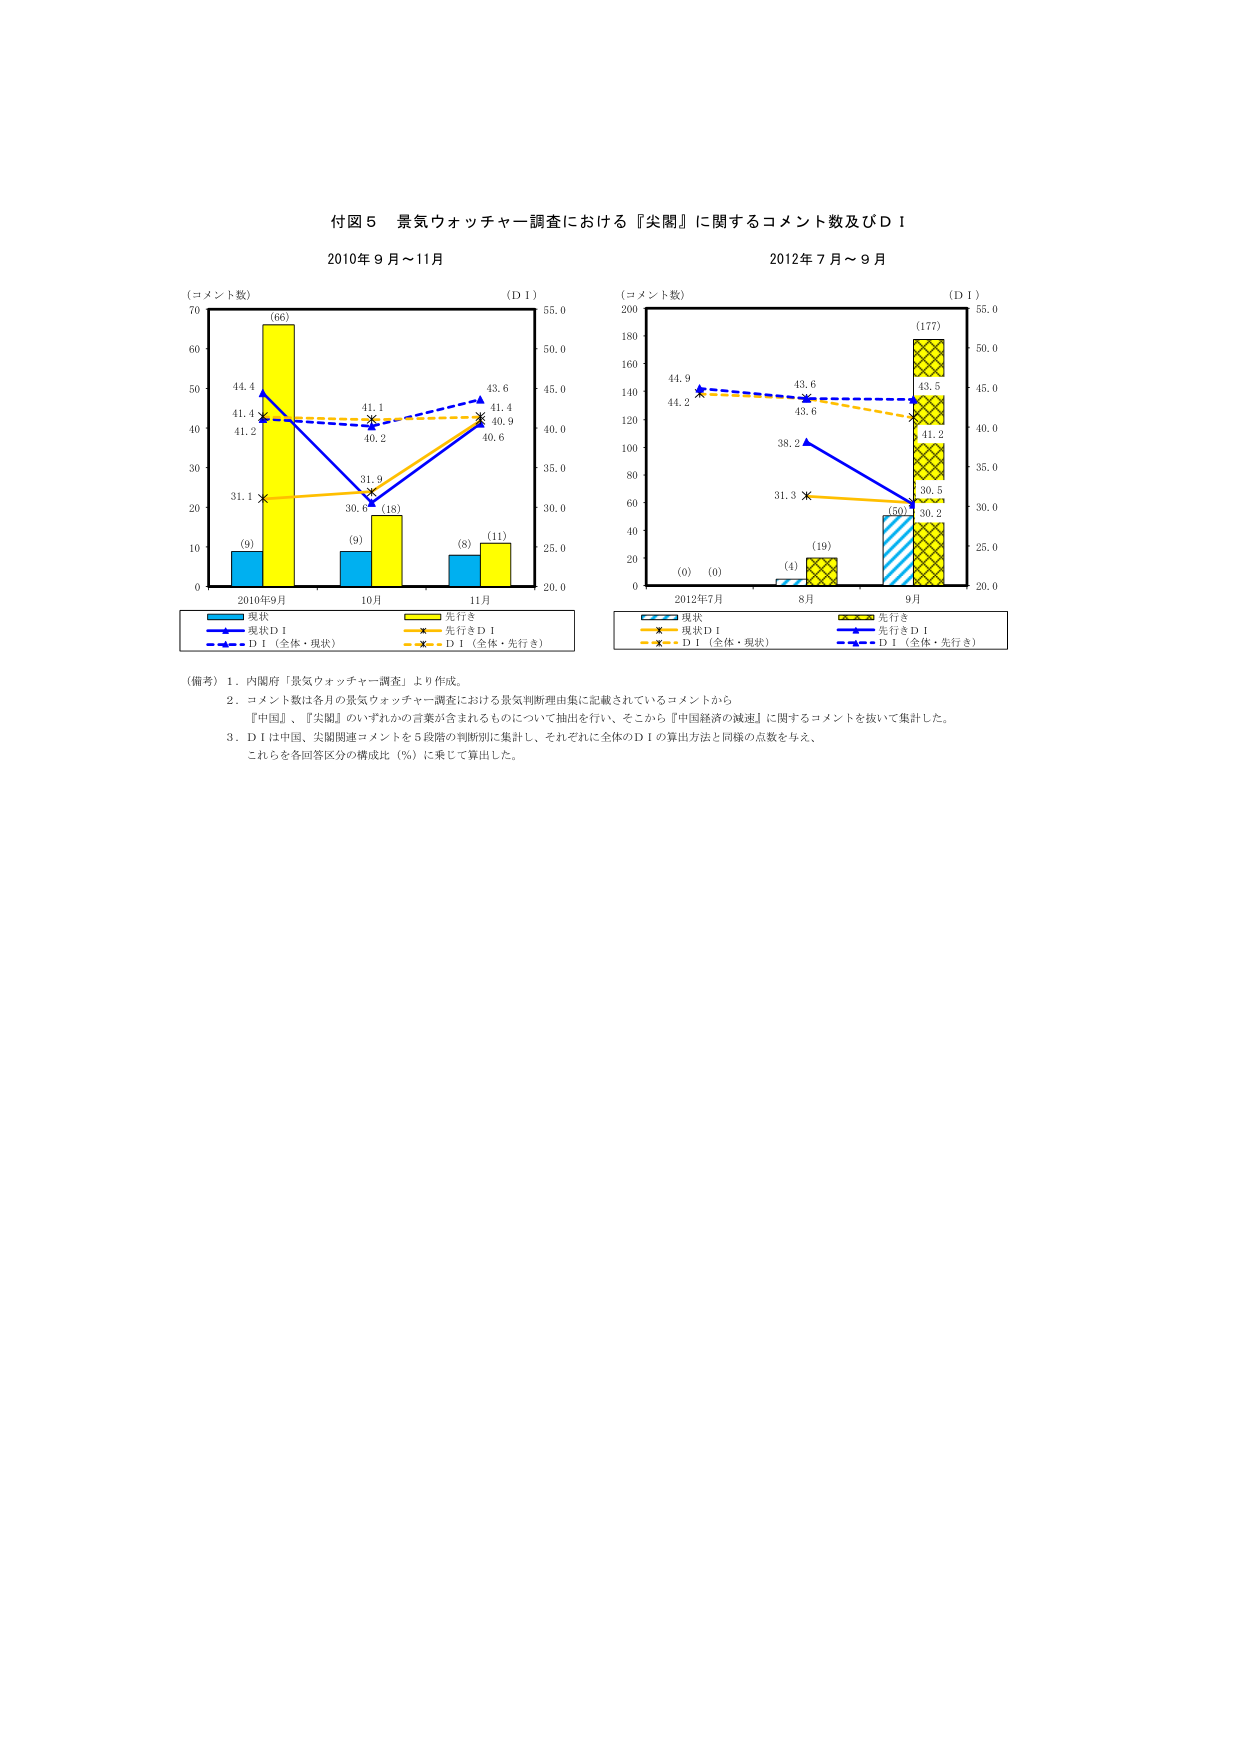
付図５ 景気ウォッチャー調査における『尖閣』に関するコメント数及びＤＩ

2010年９月～11月

（コメント数）　　　　　　　　　　　　　　　（ＤＩ）

70　　　　　　　　　　　　　　　　　　　　　　55.0
60　　　　　　　　　　　　　　　　　　　　　　50.0
50　　　　　　　　　　　　　　　　　　　　　　45.0
40　　　　　　　　　　　　　　　　　　　　　　40.0
30　　　　　　　　　　　　　　　　　　　　　　35.0
20　　　　　　　　　　　　　　　　　　　　　　30.0
10　　　　　　　　　　　　　　　　　　　　　　25.0
0　　　　　　　　　　　　　　　　　　　　　　20.0

　　　　　　　　　　　　　　　　　　　　　　　　2010年9月　　　　　10月　　　　　11月

　　　　　　　　　　　　　　　　　　　　　　　　(9)　　　　　　　　(9)　　　　　　(8)
　　　　　　　　　　　　　　　　　　　　　　　　(66)　　　　　　　　(18)　　　　　　(11)

　　　　　　　　　　　　　　　　　　　　　　　　44.4　　　　　　　　31.9　　　　　　43.6
　　　　　　　　　　　　　　　　　　　　　　　　41.4　　　　　　　　30.6　　　　　　41.4
　　　　　　　　　　　　　　　　　　　　　　　　41.2　　　　　　　　40.2　　　　　　40.9

　　　　　　　　　　　　　　　　　　　　　　　　現状　　　　　　　　先行き
　　　　　　　　　　　　　　　　　　　　　　　　現状ＤＩ　　　　　　先行きＤＩ
　　　　　　　　　　　　　　　　　　　　　　　　ＤＩ（全体・現状）　ＤＩ（全体・先行き）

2012年７月～９月

（コメント数）　　　　　　　　　　　　　　　　（ＤＩ）

200　　　　　　　　　　　　　　　　　　　　　　55.0
180　　　　　　　　　　　　　　　　　　　　　　50.0
160　　　　　　　　　　　　　　　　　　　　　　45.0
140　　　　　　　　　　　　　　　　　　　　　　40.0
120　　　　　　　　　　　　　　　　　　　　　　35.0
100　　　　　　　　　　　　　　　　　　　　　　30.0
80　　　　　　　　　　　　　　　　　　　　　　25.0
60　　　　　　　　　　　　　　　　　　　　　　20.0
40
20
0

　　　　　　　　　　　　　　　　　　　　　　　　2012年7月　　　　　8月　　　　　9月

　　　　　　　　　　　　　　　　　　　　　　　　(0)　　　　　　　　(4)　　　　　　(60)
　　　　　　　　　　　　　　　　　　　　　　　　(0)　　　　　　　　(19)　　　　　　(177)

　　　　　　　　　　　　　　　　　　　　　　　　44.9　　　　　　　　38.2　　　　　　30.5
　　　　　　　　　　　　　　　　　　　　　　　　44.2　　　　　　　　31.3　　　　　　30.2
　　　　　　　　　　　　　　　　　　　　　　　　43.6　　　　　　　　43.6　　　　　　43.5
　　　　　　　　　　　　　　　　　　　　　　　　41.2

　　　　　　　　　　　　　　　　　　　　　　　　現状　　　　　　　　先行き
　　　　　　　　　　　　　　　　　　　　　　　　現状ＤＩ　　　　　　先行きＤＩ
　　　　　　　　　　　　　　　　　　　　　　　　ＤＩ（全体・現状）　ＤＩ（全体・先行き）

（備考）１．内閣府「景気ウォッチャー調査」より作成。
　　　　２．コメント数は各月の景気ウォッチャー調査における景気判断理由集に記載されているコメントから、
　　　　　『中国』、『尖閣』のいずれかの言葉が含まれるものについて抽出を行い、そこから『中国経済の減速』に関するコメントを抜いて集計した。
　　　　３．ＤＩは中国、尖閣関連コメントを５段階の判断別に集計し、それぞれに全体のＤＩの算出方法と同様の点数を与え、
　　　　　これらを各回答区分の構成比（％）に乗じて算出した。